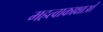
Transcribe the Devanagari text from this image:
महत्वाकाक्षाओं